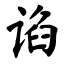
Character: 谄